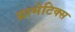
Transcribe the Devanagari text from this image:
ग्रामेटिक्स